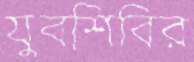
যুবশিবির